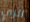
الزي